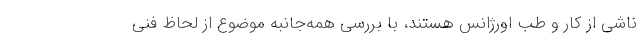
ناشی از کار و طب اورژانس هستند، با بررسی همه‌جانبه موضوع از لحاظ فنی